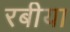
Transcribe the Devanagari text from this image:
रबीया